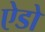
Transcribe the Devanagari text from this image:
ऐडो